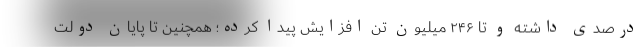
درصدی داشته و تا ۲۴۶ میلیون تن افزایش پیدا کرده؛ همچنین تا پایان دولت